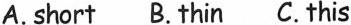
A.short B. thin C. this